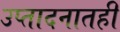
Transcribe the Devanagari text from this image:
उप्तादनातही